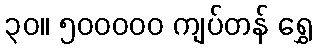
၃၀။ ၅၀၀၀၀၀ ကျပ်တန် ရွှေ